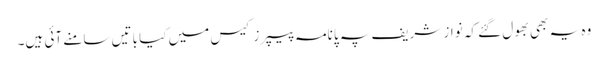
وہ یہ بھی بھول گئے کہ نواز شریف پہ پانامہ پیپرز کیس میں کیا باتیں سامنے آئی ہیں۔